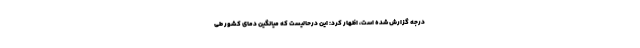
درجه گزارش شده است، اظهار کرد: این درحالیست که میانگین دمای کشور طی